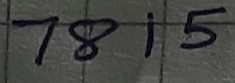
Text: 7815